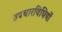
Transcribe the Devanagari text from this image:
उपचारविधियों